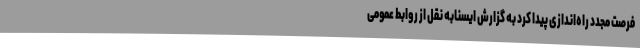
فرصت مجدد راه‌اندازی پیدا کرد به گزارش ایسنابه نقل از روابط عمومی